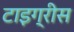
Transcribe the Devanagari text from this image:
टाइग्रीस